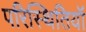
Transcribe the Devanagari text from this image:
परिस्थितियॉं